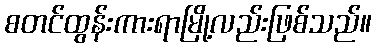
စတင်ထွန်းကားရာမြို့လည်းဖြစ်သည်။